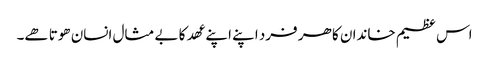
اس عظیم خاندان کا ھر فرد اپنے اپنے عھد کا بے مثال انسان ھوتا ھے۔